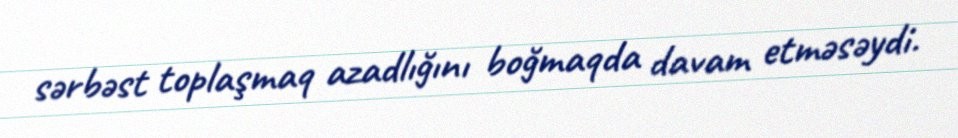
sərbəst toplaşmaq azadlığını boğmaqda davam etməsəydi.